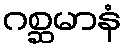
ဂစ္ဆမာနံ